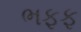
ભફફ